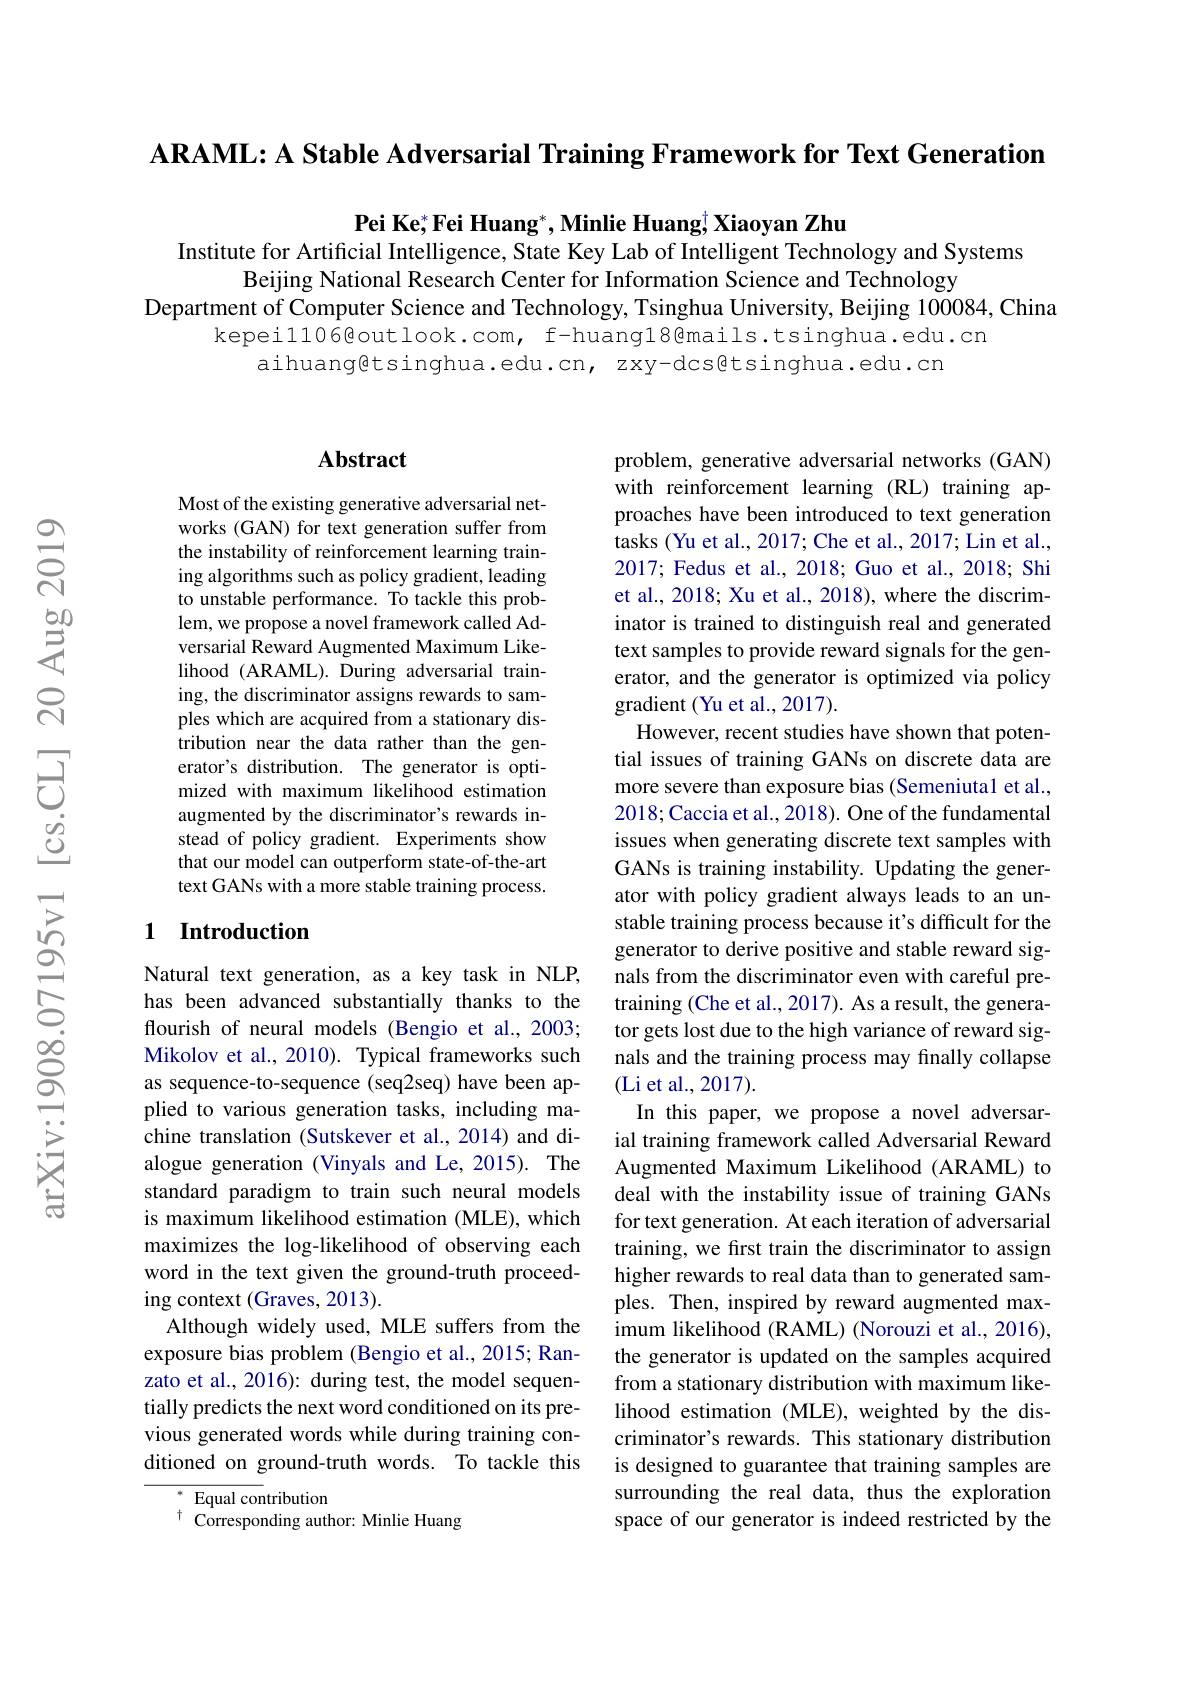
ARAML: A Stable Adversarial Training Framework for Text Generation

$\textbf{Pei Ke}^* , \textbf{Fei Huang}^* , \textbf{Minlie Huang}^\dagger \textbf{Xiaoyan Zhu}$

Institute for Artificial Intelligence, State Key Lab of Intelligent Technology and Systems
Beijing National Research Center for Information Science and Technology
Department of Computer Science and Technology, Tsinghua University, Beijing 100084,China
kepeil106@outlook.com, f-huangl8@mails.tsinghua.edu.cn
aihuang@tsinghua.edu.cn, zxy-dcs@tsinghua.edu.cn

## $\mathbf{Abstract}$

Most of the existing generative adversarial networks (GAN) for text generation suffer from the instability of reinforcement learning training algorithms such as policy gradient, leading to unstable performance. To tackle this problem, we propose a novel framework called Adversarial Reward Augmented Maximum Likelihood (ARAML).During adversarial training, the discriminator assigns rewards to samples which are acquired from a stationary distribution near the data rather than the generator's distribution. The generator is optimized with maximum likelihood estimation augmented by the discriminator's rewards instead of policy gradient. Experiments show that our model can outperform state-of-the-art text GANs with a more stable training process.

## 1 Introduction

Natural text generation, as a key task in NLP, has been advanced substantially thanks to the flourish of neural models (Bengio et al., 2003; Mikolov et al., 2010). Typical frameworks such as sequence-to-sequence (seq2seq) have been applied to various generation tasks, including machine translation (Sutskever et al., 2014) and dialogue generation (Vinyals and Le, 2015). The standard paradigm to train such neural models is maximum likelihood estimation (MLE), which maximizes the log-likelihood of observing each word in the text given the ground-truth proceeding context (Graves, 2013).
Although widely used, MLE suffers from the exposure bias problem (Bengio et al., 2015; Ranzato et al., 2016): during test, the model sequentially predicts the next word conditioned on its previous generated words while during training conditioned on ground-truth words. To tackle this

$^{* }$ Equal contribution

$^{\dagger}$ Corresponding author: Minlie Huang

problem, generative adversarial networks (GAN) with reinforcement learning (RL) training approaches have been introduced to text generation tasks (Yu et al., 2017; Che et al., 2017; Lin et al., 2017; Fedus et al., 2018; Guo et al., 2018; Shi et al., 2018; Xu et al., 2018), where the discriminator is trained to distinguish real and generated text samples to provide reward signals for the generator, and the generator is optimized via policy gradient (Yu et al., 2017).
However, recent studies have shown that potential issues of training GANs on discrete data are more severe than exposure bias (Semeniuta1 et al. 2018; Caccia et al., 2018). One of the fundamental issues when generating discrete text samples with GANs is training instability. Updating the generator with policy gradient always leads to an unstable training process because it's difficult for the generator to derive positive and stable reward signals from the discriminator even with careful pretraining (Che et al., 2017). As a result, the generator gets lost due to the high variance of reward signals and the training process may finally collapse (Li et al., 2017).
In this paper, we propose a novel adversarial training framework called Adversarial Reward Augmented Maximum Likelihood (ARAML) to deal with the instability issue of training GANs for text generation. At each iteration of adversarial training, we first train the discriminator to assign higher rewards to real data than to generated samples. Then, inspired by reward augmented maximum likelihood (RAML) (Norouzi et al., 2016), the generator is updated on the samples acquired from a stationary distribution with maximum likelihood estimation (MLE), weighted by the discriminator's rewards. This stationary distribution is designed to guarantee that training samples are surrounding the real data, thus the exploration space of our generator is indeed restricted by the